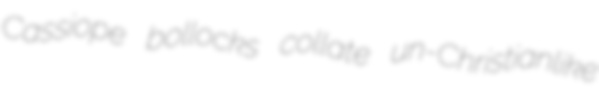
Cassiope bollocks collate un-Christianlike